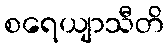
စရေယျာသီတိ